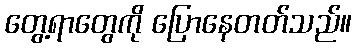
တွေ့ရာတွေကို ပြောနေတတ်သည်။